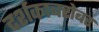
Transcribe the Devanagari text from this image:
दर्शकाबरोबर